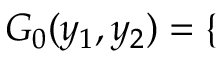
\begin{array} { r } { G _ { 0 } ( y _ { 1 } , y _ { 2 } ) = \left\{ \begin{array} { r l } \end{array} \right. } \end{array}